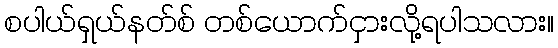
စပါယ်ရှယ်နတ်စ် တစ်ယောက်ငှားလို့ရပါသလား။